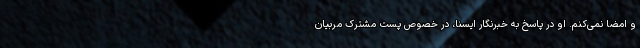
و امضا نمی‌کنم. او در پاسخ به خبرنگار ایسنا، در خصوص پست مشترک مربیان